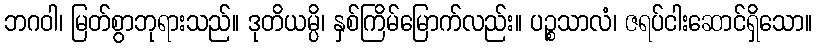
ဘဂဝါ၊ မြတ်စွာဘုရားသည်။ ဒုတိယမ္ပိ၊ နှစ်ကြိမ်မြောက်လည်း။ ပဉ္စသာလံ၊ ဇရပ်ငါးဆောင်ရှိသော။